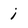
Character: i